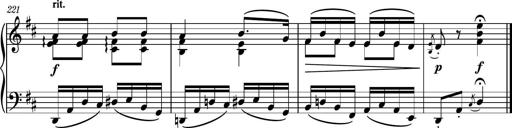
Title: Piano Sonatina No.6
Composer: Dimitri Sykias
Key: A major